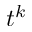
t ^ { k }